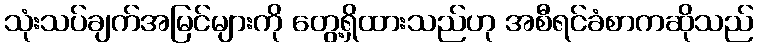
သုံးသပ်ချက်အမြင်များကို တွေ့ရှိထားသည်ဟု အစီရင်ခံစာကဆိုသည်